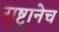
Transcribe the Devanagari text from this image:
राष्ट्रानेच